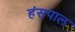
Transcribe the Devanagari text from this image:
हंसपाल